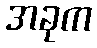
အခုက